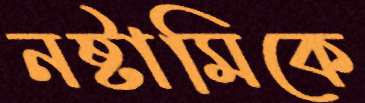
নষ্টামিকে